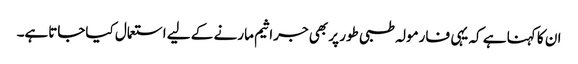
ان کا کہنا ہے کہ یہی فارمولہ طبی طور پر بھی جراثیم مارنے کے لیے استعمال کیاجاتاہے۔